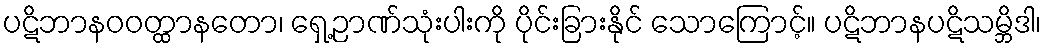
ပဋိဘာနဝဝတ္ထာနတော၊ ရှေ့ဉာဏ်သုံးပါးကို ပိုင်းခြားနိုင် သောကြောင့်။ ပဋိဘာနပဋိသမ္ဘိဒါ၊